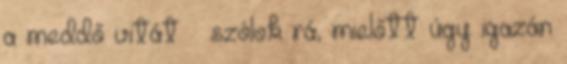
a meddő vitát – szólok rá, mielőtt úgy igazán